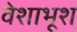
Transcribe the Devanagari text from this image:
वेशाभूश